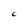
Character: C